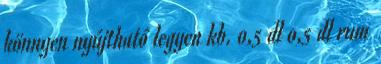
könnyen nyújtható legyen kb. 0,5 dl 0,5 dl rum